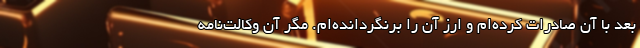
بعد با آن صادرات کرده‌ام و ارز آن را برنگردانده‌ام. مگر آن وکالت‌نامه